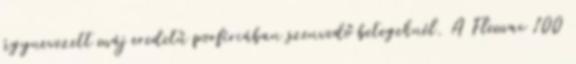
úgynevezett máj eredetű porfíriában szenvedő betegeknél. A Flemac 100